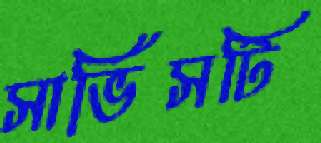
সার্ভিসটি